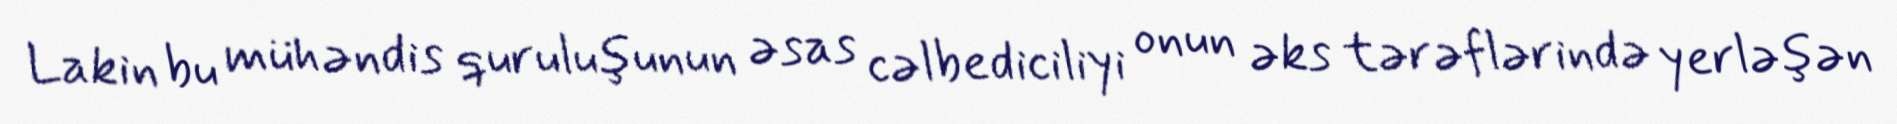
Lakin bu mühəndis quruluşunun əsas cəlbediciliyi onun əks tərəflərində yerləşən